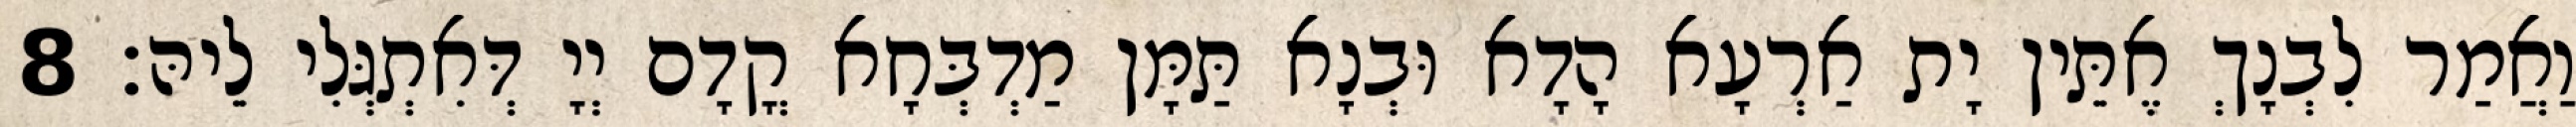
וַאֲמַר לִבְנָךְ אֶתֵּין יָת אַרְעָא הָדָא וּבְנָא תַּמָּן מַדְבְּחָא קֳדָם יְיָ דְּאִתְגְּלִי לֵיהּ׃ 8